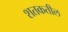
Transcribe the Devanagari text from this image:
शतकतील